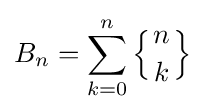
B_{n}=\sum _{k=0}^{n}\left\{{n \atop k}\right\}